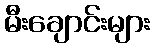
မီးချောင်းများ